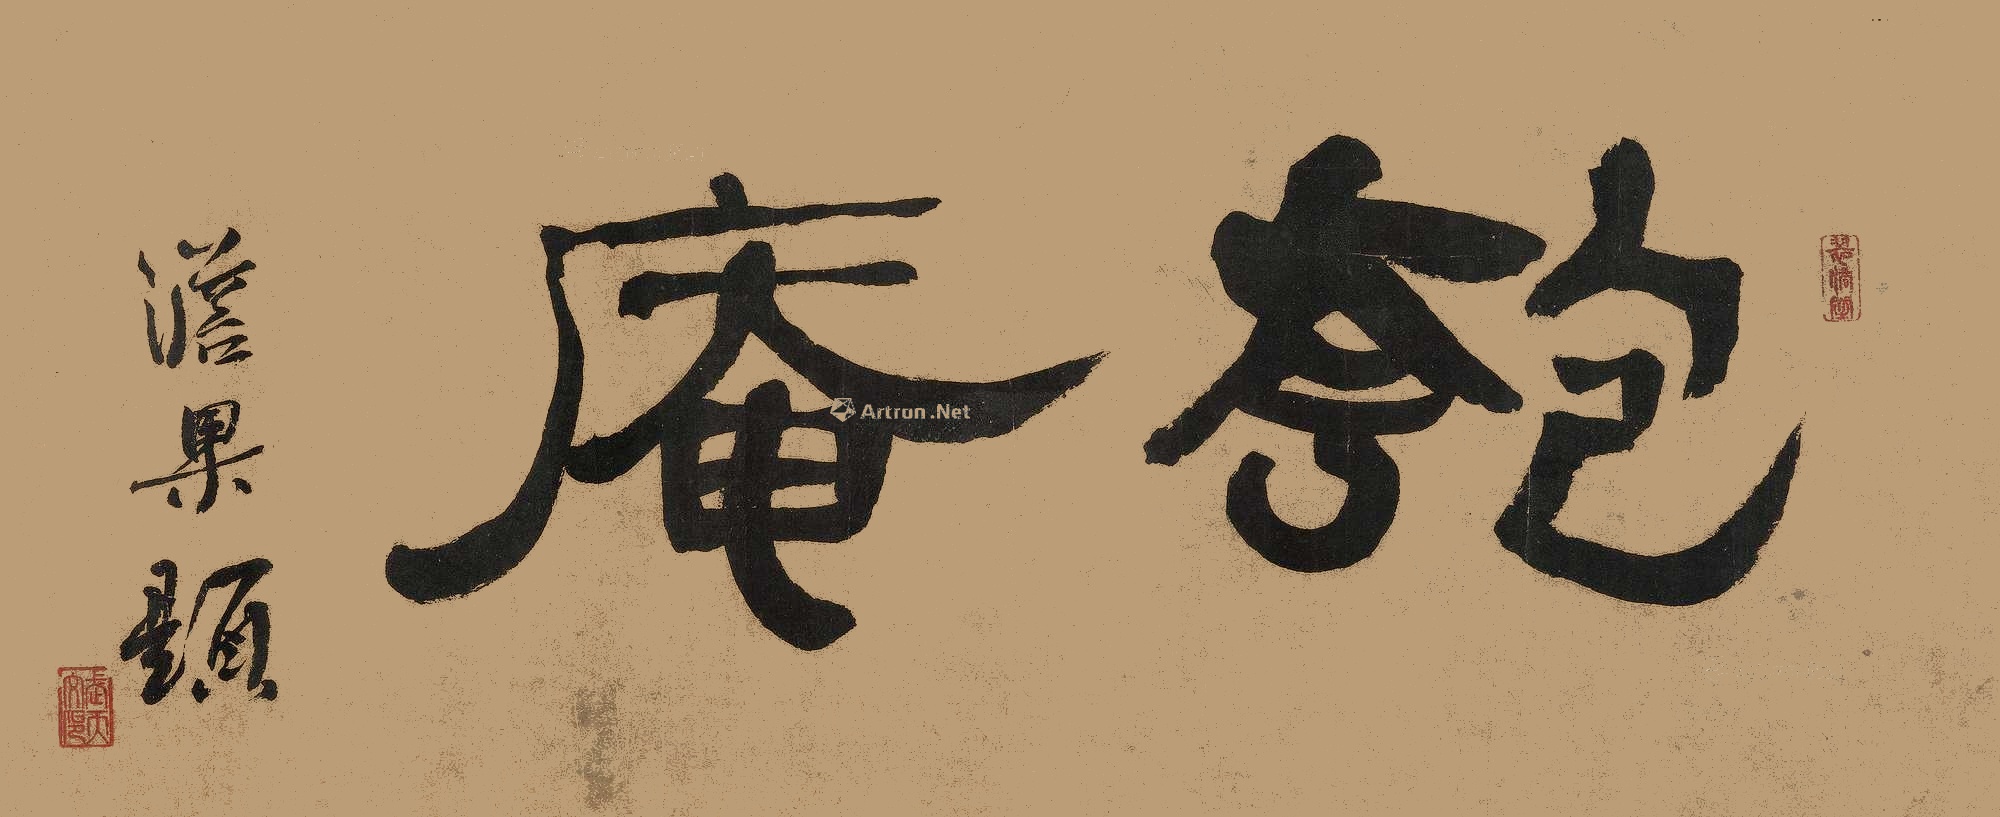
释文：澹果匏庵匏庵。